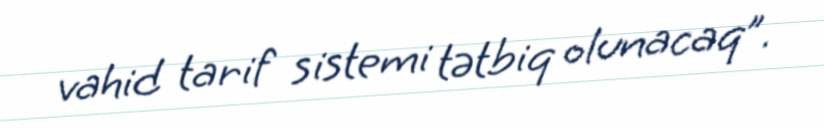
vahid tarif sistemi tətbiq olunacaq”.